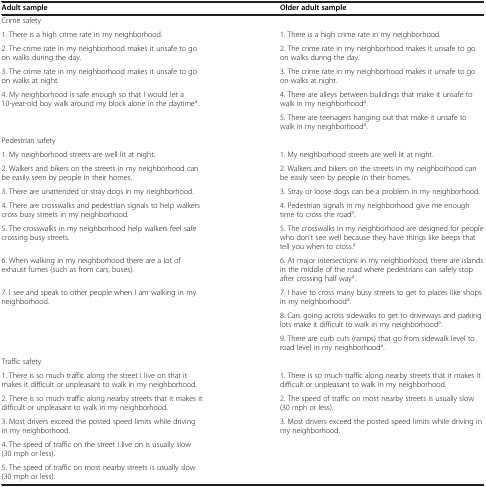
<table><thead><tr><td><b>Adult sample</b></td><td><b>Older adult sample</b></td></tr></thead><tbody><tr><td colspan="2">Crime safety</td></tr><tr><td>1. There is a high crime rate in my neighborhood.</td><td>1. There is a high crime rate in my neighborhood.</td></tr><tr><td>2. The crime rate in my neighborhood makes it unsafe to go on walks during the day.</td><td>2. The crime rate in my neighborhood makes it unsafe to go on walks during the day.</td></tr><tr><td>3. The crime rate in my neighborhood makes it unsafe to go on walks at night.</td><td>3. The crime rate in my neighborhood makes it unsafe to go on walks at night.</td></tr><tr><td>4. My neighborhood is safe enough so that I would let a 10-year-old boy walk around my block alone in the daytime<sup>a</sup>.</td><td>4. There are alleys between buildings that make it unsafe to walk in my neighborhood<sup>a</sup>.</td></tr><tr><td> </td><td>5. There are teenagers hanging out that make it unsafe to walk in my neighborhood<sup>a</sup>.</td></tr><tr><td colspan="2">Pedestrian safety</td></tr><tr><td>1. My neighborhood streets are well lit at night.</td><td>1. My neighborhood streets are well lit at night.</td></tr><tr><td>2. Walkers and bikers on the streets in my neighborhood can be easily seen by people in their homes.</td><td>2. Walkers and bikers on the streets in my neighborhood can be easily seen by people in their homes.</td></tr><tr><td>3. There are unattended or stray dogs in my neighborhood.</td><td>3. Stray or loose dogs can be a problem in my neighborhood.</td></tr><tr><td>4. There are crosswalks and pedestrian signals to help walkers cross busy streets in my neighborhood.</td><td>4. Pedestrian signals in my neighborhood give me enough time to cross the road<sup>a</sup>.</td></tr><tr><td>5. The crosswalks in my neighborhood help walkers feel safe crossing busy streets.</td><td>5. The crosswalks in my neighborhood are designed for people who don’t see well because they have things like beeps that tell you when to cross.<sup>a</sup></td></tr><tr><td>6. When walking in my neighborhood there are a lot of exhaust fumes (such as from cars, buses).</td><td>6. At major intersections in my neighborhood, there are islands in the middle of the road where pedestrians can safely stop after crossing half way<sup>a</sup>.</td></tr><tr><td>7. I see and speak to other people when I am walking in my neighborhood.</td><td>7. I have to cross many busy streets to get to places like shops in my neighborhood<sup>a</sup>.</td></tr><tr><td> </td><td>8. Cars going across sidewalks to get to driveways and parking lots make it difficult to walk in my neighborhood<sup>a</sup>.</td></tr><tr><td> </td><td>9. There are curb cuts (ramps) that go from sidewalk level to road level in my neighborhood<sup>a</sup>.</td></tr><tr><td colspan="2">Traffic safety</td></tr><tr><td>1. There is so much traffic along the street I live on that it makes it difficult or unpleasant to walk in my neighborhood.</td><td>1. There is so much traffic along nearby streets that it makes it difficult or unpleasant to walk in my neighborhood.</td></tr><tr><td>2. There is so much traffic along nearby streets that it makes it difficult or unpleasant to walk in my neighborhood.</td><td>2. The speed of traffic on most nearby streets is usually slow (30 mph or less).</td></tr><tr><td>3. Most drivers exceed the posted speed limits while driving in my neighborhood.</td><td>3. Most drivers exceed the posted speed limits while driving in my neighborhood.</td></tr><tr><td>4. The speed of traffic on the street I live on is usually slow (30 mph or less).</td><td> </td></tr><tr><td>5. The speed of traffic on most nearby streets is usually slow (30 mph or less).</td><td> </td></tr></tbody></table>